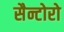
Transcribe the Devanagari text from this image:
सैन्टोरो